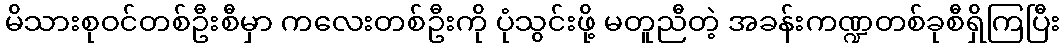
မိသားစုဝင်တစ်ဦးစီမှာ ကလေးတစ်ဦးကို ပုံသွင်းဖို့ မတူညီတဲ့ အခန်းကဏ္ဍတစ်ခုစီရှိကြပြီး